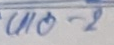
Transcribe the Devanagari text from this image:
UNO र